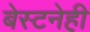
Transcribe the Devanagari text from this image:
बेस्टनेही